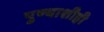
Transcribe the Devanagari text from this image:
पुण्याशीही